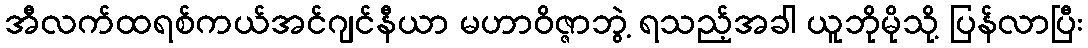
အီလက်ထရစ်ကယ်အင်ဂျင်နီယာ မဟာဝိဇ္ဇာဘွဲ့ ရသည့်အခါ ယူဘိုမိုသို့ ပြန်လာပြီး